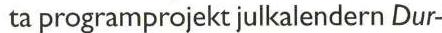
 ta programprojekt julkalendern Dur-